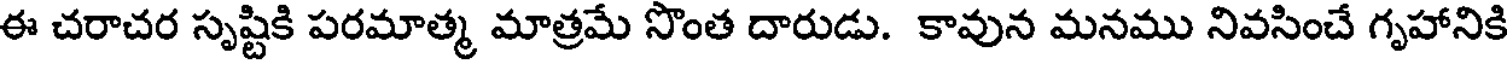
ఈ చరాచర సృష్టికి పరమాత్మ మాత్రమే సొంత దారుడు. కావున మనము నివసించే గృహానికి